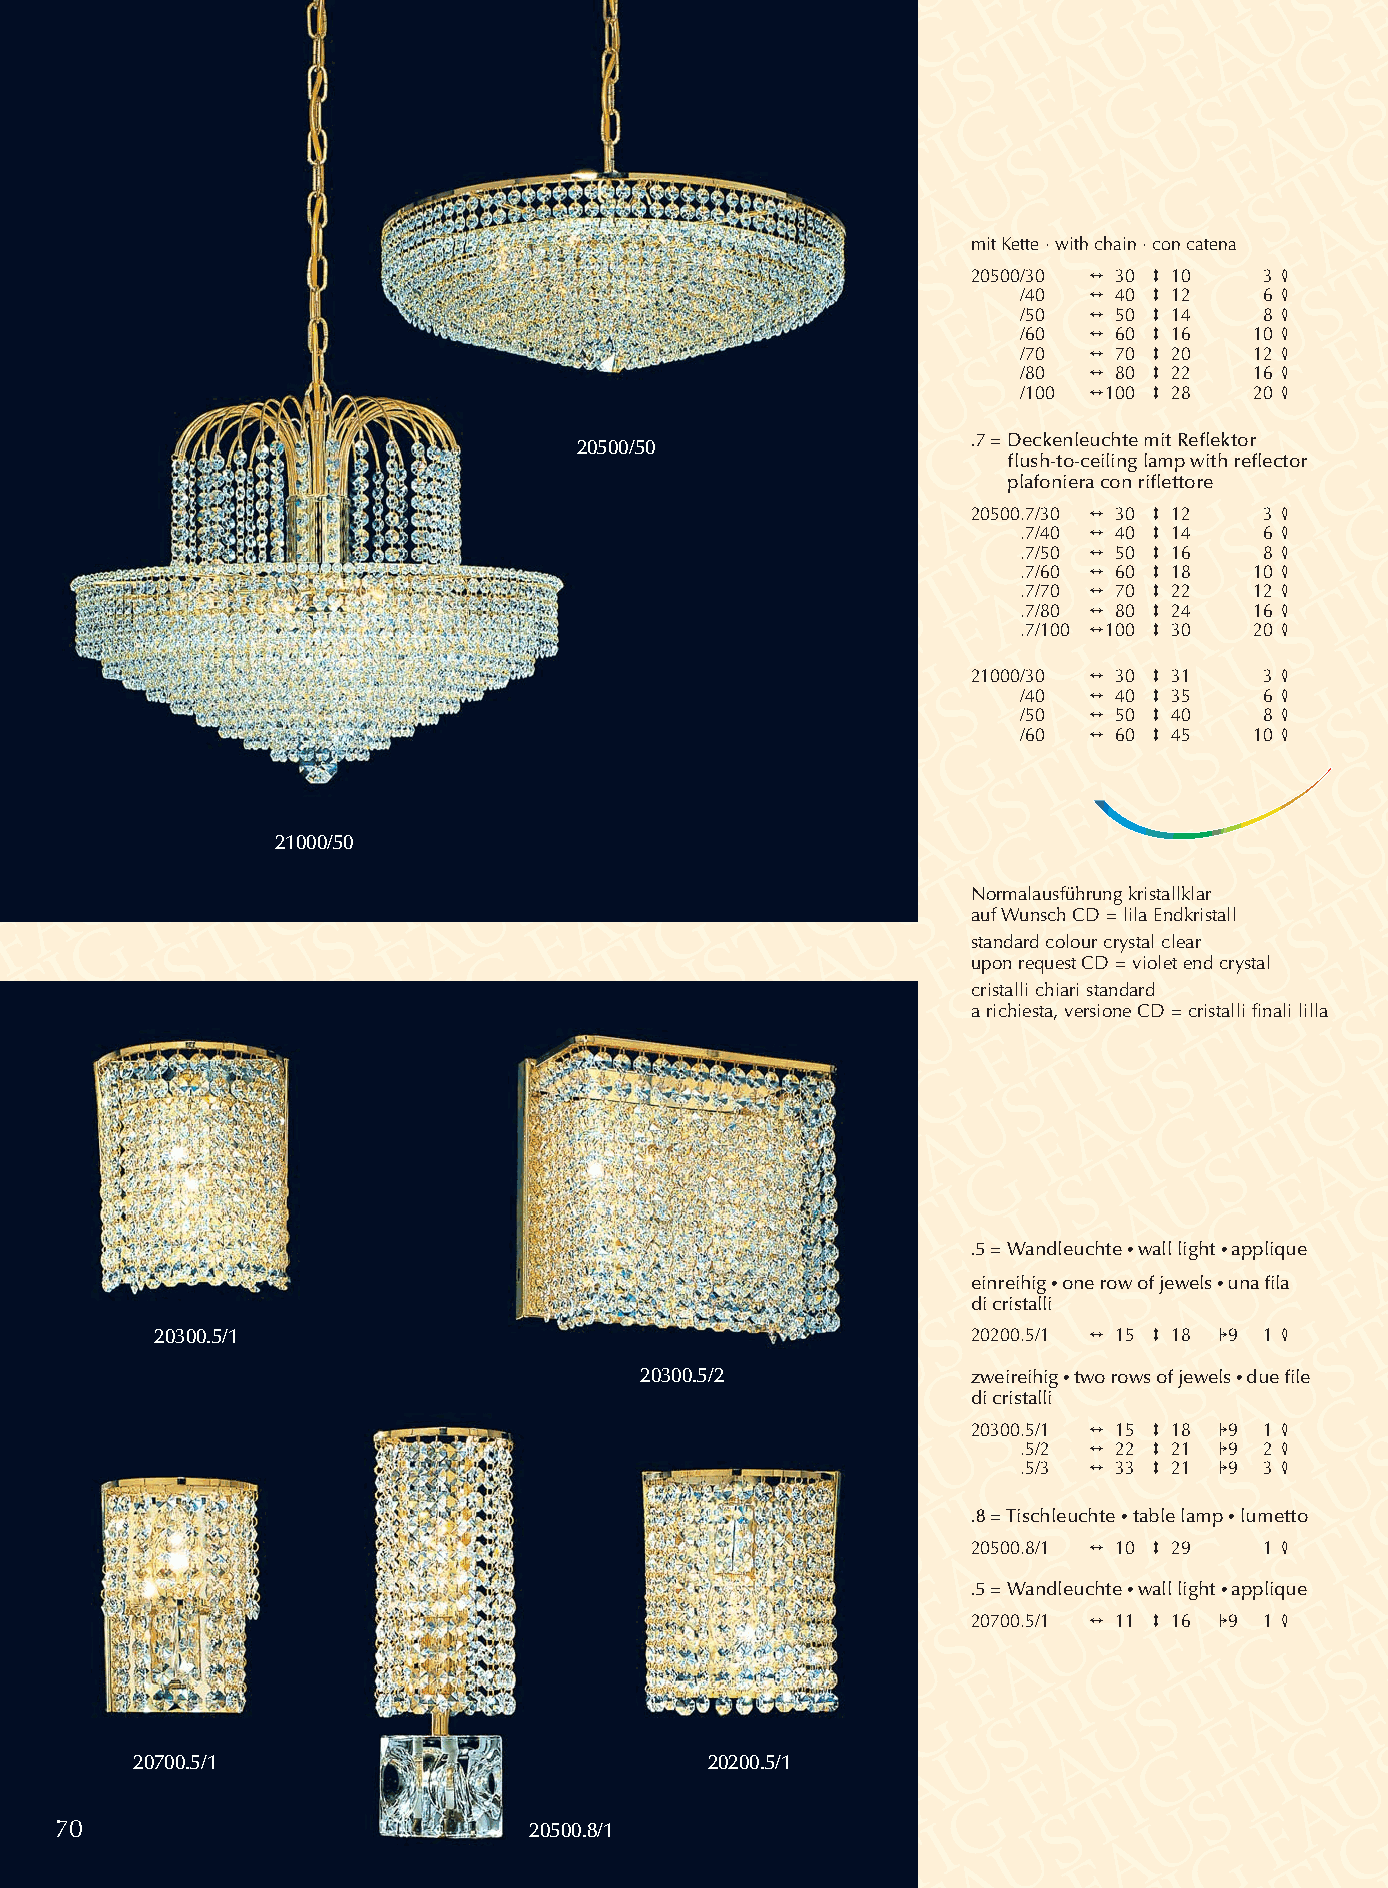
mit Kette .with chain .con catena
 20500/30 2 30 3 10  3 4
 /40 2 40 3 12   6 4
 /50 2 50 3 14   8 4
 /60 2 60 3 16  10 4
 /70 2 70 3 20  12 4
 /80 2 80 3 22  16 4
 /100 2100 3 28 20 4
 20500/50                  .7 =Deckenleuchte mit Reflektor
 flush-to-ceiling lamp with reflector
 plafoniera con riflettore
 20500.7/30 2 30 3 12 3 4
 .7/40 2 40 3 14 6 4
 .7/50 2 50 3 16 8 4
 .7/60 2 60 3 18 10 4
 .7/70 2 70 3 22 12 4
 .7/80 2 80 3 24 16 4
 .7/100 2100 3 30 20 4
 21000/30 2 30 3 31  3 4
 /40 2 40 3 35   6 4
 /50 2 50 3 40   8 4
 /60 2 60 3 45  10 4
 21000/50
 Normalausführung kristallklar
 auf Wunsch CD = lila Endkristall
 standard colour crystal clear
 upon request CD = violet end crystal
 cristalli chiari standard
 a richiesta, versione CD = cristalli finali lilla
 .5 = Wandleuchte •wall light •applique
 einreihig•one row of jewels •una fila
 di cristalli
 20300.5/1                                             20200.5/1 2 15 3 18 19 1 4
 20300.5/2             zweireihig •two rows of jewels •due file
 di cristalli
 20300.5/1 2 15 3 18 19 1 4
 .5/2 2 22 3 21 19 2 4
 .5/3 2 33 3 21 19 3 4
 .8 = Tischleuchte •table lamp •lumetto
 20500.8/1 2 10 3 29 1 4
 .5 = Wandleuchte •wall light •applique
 20700.5/1 2 11 3 16 19 1 4
 20700.5/1                             20200.5/1
 70                             20500.8/1